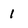
Character: 1